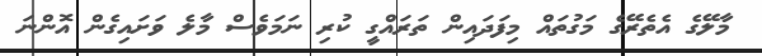
މާލޭގެ އެތެރޭގެ މަގުތައް މިފަދައިން ތަރައްގީ ކުރި ނަމަވެސް މާލެ ވަށައިގެން އޮންނަ